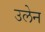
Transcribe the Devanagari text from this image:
उलेन